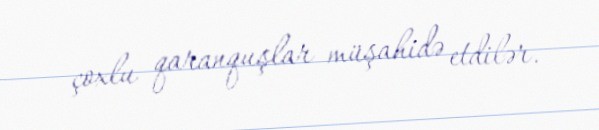
çoxlu qaranquşlar müşahidə etdilər.